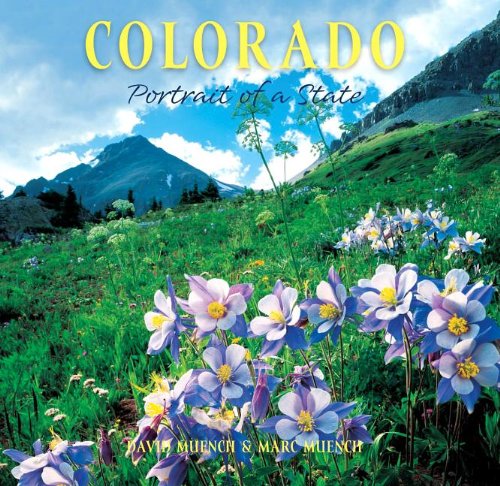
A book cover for Colorado: Portrait of a State (Portrait of a Place); David Muench; Travel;